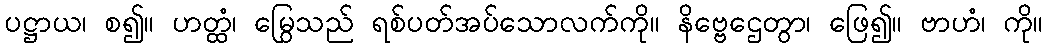
ပဋ္ဌာယ၊ စ၍။ ဟတ္ထံ၊ မြွေသည် ရစ်ပတ်အပ်သောလက်ကို။ နိဗ္ဗေဌေတွာ၊ ဖြေ၍။ ဗာဟံ၊ ကို။